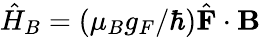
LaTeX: \hat{H}_{B}=(\mu_{B}g_{F}/\hbar)\hat{\mathbf{F}}\cdot\mathbf{B}